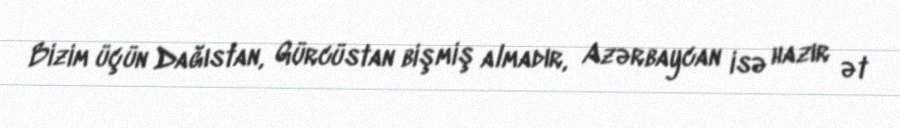
Bizim üçün Dağıstan, Gürcüstan bişmiş almadır, Azərbaycan isə hazır ət